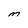
Character: M